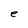
Character: e